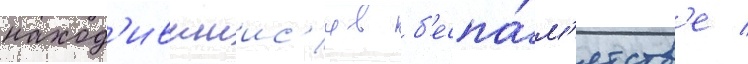
наход'ившиис'я в б'еспа́м'ятств'е /